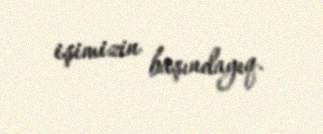
işimizin başındayıq.